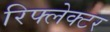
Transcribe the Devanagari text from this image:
रिफ्लेक्‍टर